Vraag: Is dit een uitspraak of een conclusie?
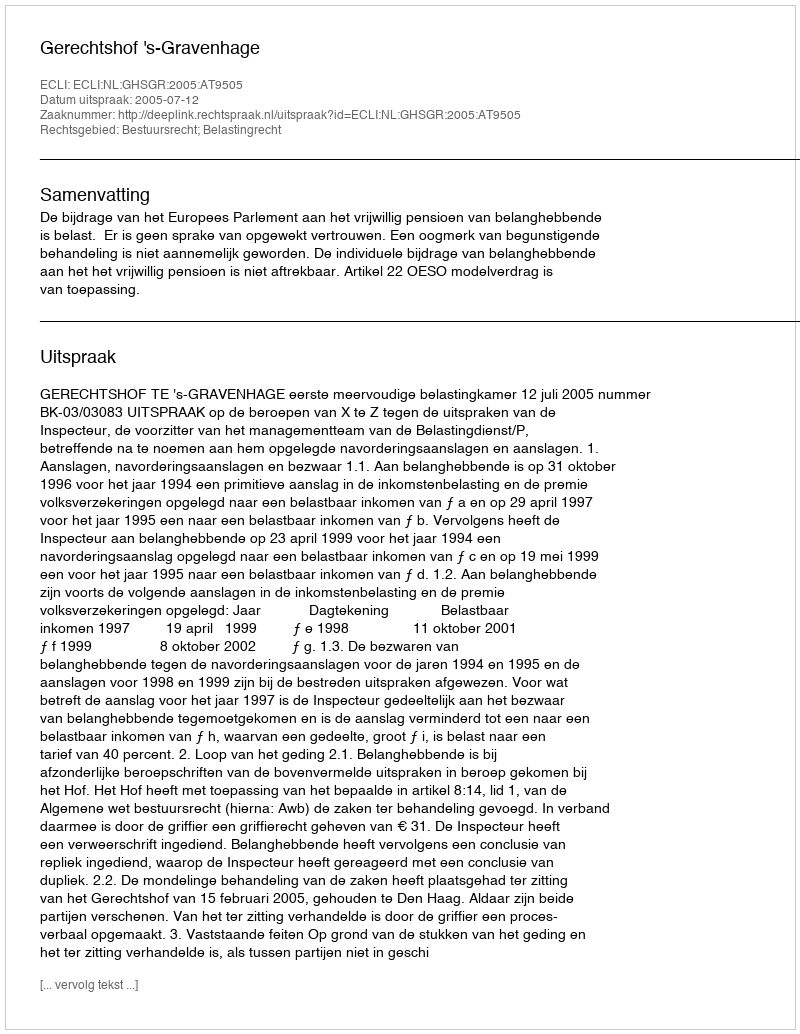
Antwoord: Uitspraak